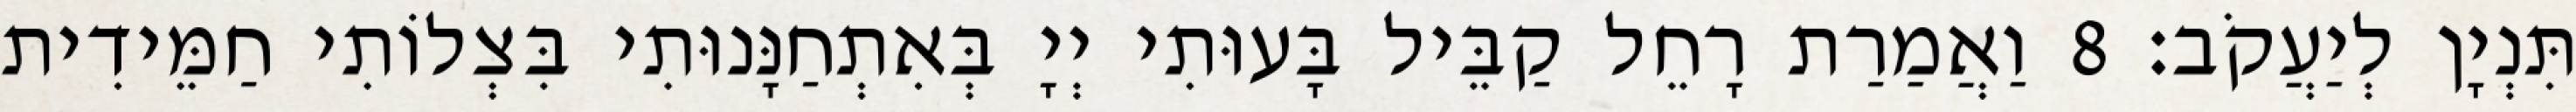
תִּנְיָן לְיַעֲקֹב׃ 8 וַאֲמַרַת רָחֵל קַבֵּיל בָּעוּתִי יְיָ בְּאִתְחַנָּנוּתִי בִּצְלוֹתִי חַמֵּידִית